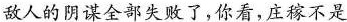
敌人的阴谋全部失败了，你看，庄稼不是